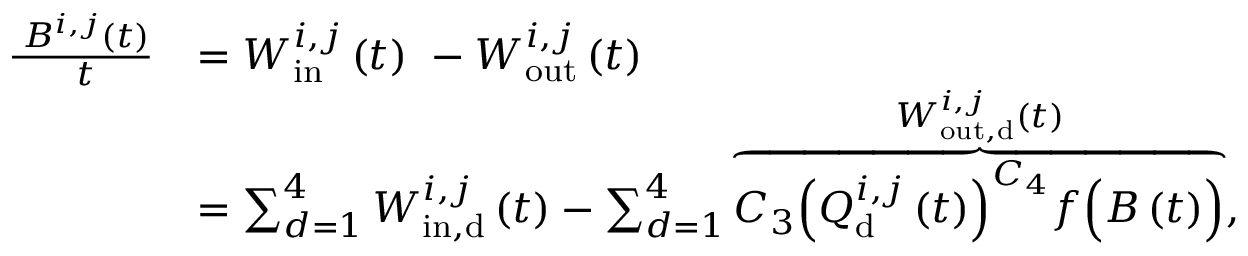
\begin{array} { r l } { \frac { \mathrm { \partial } B ^ { i , j } ( t ) } { \mathrm { \partial } t } } & { = W _ { \mathrm { i n } } ^ { i , j } \left( t \right) \ - W _ { \mathrm { o u t } } ^ { i , j } \left( t \right) } \\ & { = \sum _ { d = 1 } ^ { 4 } { W _ { \mathrm { i n , } \mathrm { d } } ^ { i , j } \left( t \right) } - \sum _ { d = 1 } ^ { 4 } { \overbrace { C _ { 3 } { \left( Q _ { \mathrm { d } } ^ { i , j } \left( t \right) \right) } ^ { C _ { 4 } } f \Bigl ( B \left( t \right) \Bigr ) } ^ { W _ { \mathrm { o u t , d } } ^ { i , j } \left( t \right) } , } } \end{array}